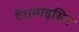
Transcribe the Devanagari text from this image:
टेरामाइसिन